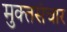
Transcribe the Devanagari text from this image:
मुक्तसंचार